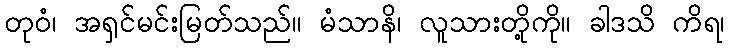
တုဝံ၊ အရှင်မင်းမြတ်သည်။ မံသာနိ၊ လူသားတို့ကို။ ခါဒသိ ကိရ၊